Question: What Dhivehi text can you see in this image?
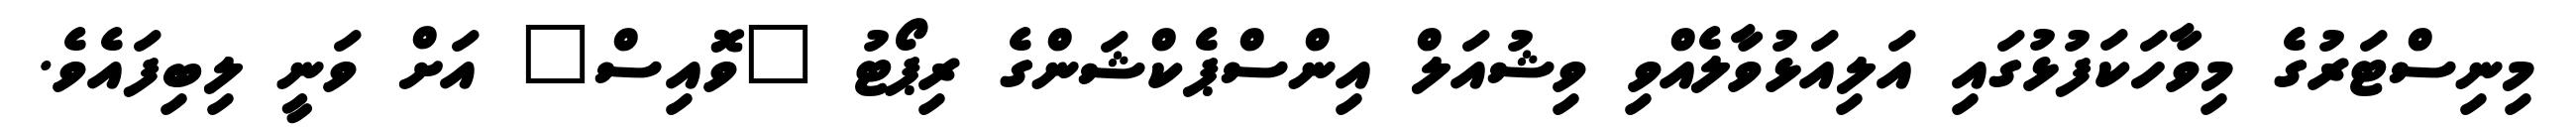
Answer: މިނިސްޓަރުގެ މިވާހަކަފުޅުގައި އަލިއަޅުވާލެއްވި ވިޝުއަލް އިންސްޕެކްޝަންގެ ރިޕޯޓު "ވޮއިސް" އަށް ވަނީ ލިބިފައެވެ.